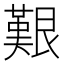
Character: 艱